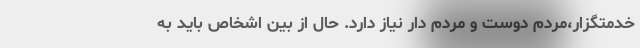
خدمتگزار،مردم دوست و مردم دار نیاز دارد. حال از بین اشخاص باید به